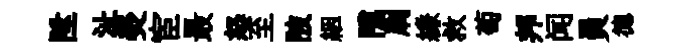
陞沚熒宦最怒至陂絪隲刷縑救萄邦闻員德